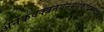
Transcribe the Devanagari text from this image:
अनेकवक्त्रनयनमनेकाद्भुतदर्शनम्‌।